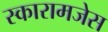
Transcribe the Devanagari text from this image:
स्कारामजेस